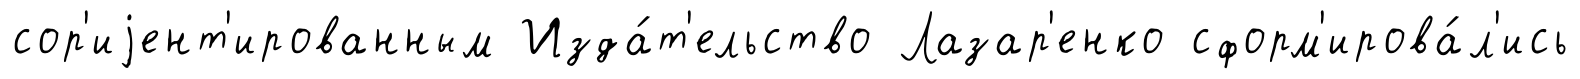
сор'иjент'ированным Изда́т'ельство Лазар'енко сформ'ирова́л'ись